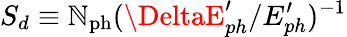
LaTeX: S_{d}\equiv\mathbb{N}_{\mathrm{{ph}}}(\DeltaE_{ph}^{\prime}/E_{ph}^{\prime})^{-1}